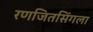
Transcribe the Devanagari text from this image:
रणजितसिंगला